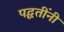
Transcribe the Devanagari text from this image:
पद्घतींनी